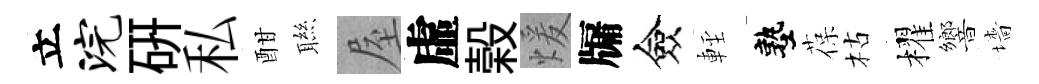
立浣硏私酣聮屋虛榖煖牖僉䡖塾葆枯櫂響墻